Calcutta medical institutions reports 1879-81 [i.e.91]
Year: 1879
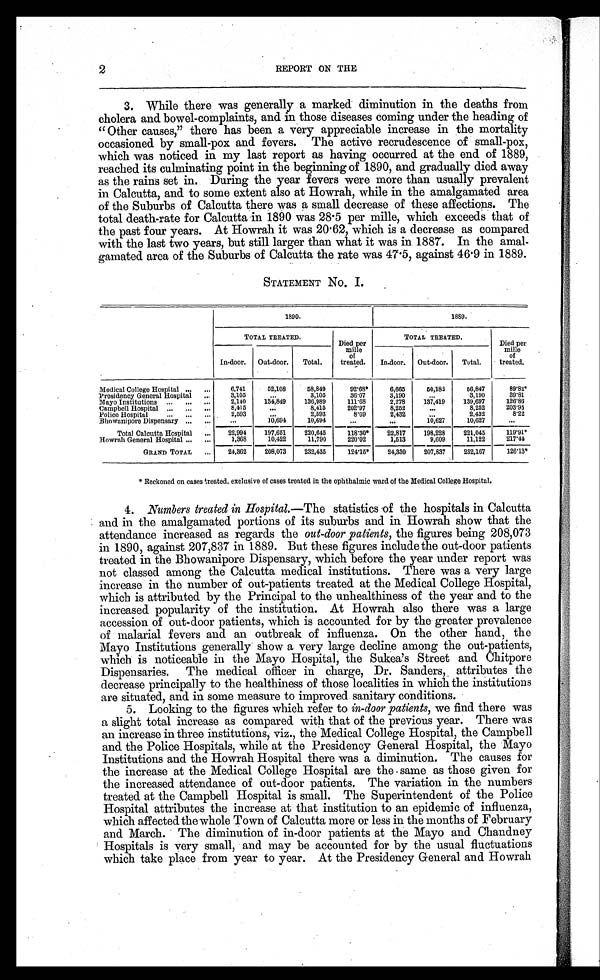
2
REPORT ON THE
3. While there was generally a marked diminution in the deaths from
cholera and bowel-complaints, and in those diseases coming under the heading of
"Other causes," there has been a very appreciable increase in the mortality
occasioned by small-pox and fevers. The active recrudescence of small-pox,
which was noticed in my last report as having occurred at the end of 1889,
reached its culminating point in the beginning of 1890, and gradually died away
as the rains set in. During the year fevers were more than usually prevalent
in Calcutta, and to some extent also at Howrah, while in the amalgamated area
of the Suburbs of Calcutta there was a small decrease of these affections. The
total death-rate for Calcutta in 1890 was 28.5 per mille, which exceeds that of
the past four years. At Howrah it was 20.62, which is a decrease as compared
with the last two years, but still larger than what it was in 1887. In the amal-
gamated area of the Suburbs of Calcutta the rate was 47.5, against 46.9 in 1889.
STATEMENT No. I.
1890.
1889.
TOTAL TREATED.
Died per
mille
of
treated.
TOTAL TREATED.
D i e d p e r
mille
of
treated.
In-door.
Out-door.
Total.
In-door.
Out-door.
Total.
Medical College Hospital ...
. . .
6,741
52,108
58,849
92.68*
6,665
50,182
56,847
89.82*
Presidency General Hospital
. . . 3,105
...
3,105
36.07
3,190
. . .
3,190
39.81
Mayo Institutions ...
...
...
2,140
134,849
136,989
111.68
2,278
137,419
139,697
126.86
Campbell Hospital ...
...
...
8,415
...
8,415
202.97
8,252
...
8,252
203.95
Police Hospital
...
. . .
...
2,593
...
2,593
8.09
2,432
...
2,432
8.22
Bhowanipore Dispensary ...
. . .
...
10,694
10,694
...
...
10,627
10,627
...
Total Calcutta Hospital
...
22,994
197,651
220,645
118.30*
22,817
198,228
221,045
119.91*
Howrah General Hospital . . .
...
1,368
10,422
11,790
220.02
1,513
9,609
11,122
217.44
GRAND TOTAL
...
24,362
208,073
232,435
124.15*
24,330
207,837
232,167
126.13*
* Reckoned on cases treated, exclusive of cases treated in the ophthalmic ward of the Medical College Hospital.
4. Numbers treated in Hospital.— The statistics of the hospitals in Calcutta
and in the amalgamated portions of its suburbs and in Howrah show that the
attendance increased as regards the out-door patients, the figures being 208,073
in 1890, against 207,837 in 1889. But these figures include the out-door patients
treated in the Bhowanipore Dispensary, which before the year under report was
not classed among the Calcutta medical institutions. There was a very large
increase in the number of out-patients treated at the Medical College Hospital,
which is attributed by the Principal to the unhealthiness of the year and to the
increased popularity of the institution. At Howrah also there was a large
accession of out-door patients, which is accounted for by the greater prevalence
of malarial fevers and an outbreak of influenza. On the other hand, the
Mayo Institutions generally show a very large decline among the out-patients,
which is noticeable in the Mayo Hospital, the Sukea's Street and Chitpore
Dispensaries. The medical officer in charge, Dr. Sanders, attributes the
decrease principally to the healthiness of those localities in which the institutions
are situated, and in some measure to improved sanitary conditions.
5. Looking to the figures which refer to in-door patients, we find there was
a slight total increase as compared with that of the previous year. There was
an increase in three institutions, viz., the Medical College Hospital, the Campbell
and the Police Hospitals, while at the Presidency General Hospital, the Mayo
Institutions and the Howrah Hospital there was a diminution. The causes for
the increase at the Medical College Hospital are the same as those given for
the increased attendance of out-door patients. The variation in the numbers
treated at the Campbell Hospital is small. The Superintendent of the Police
Hospital attributes the increase at that institution to an epidemic of influenza,
which affected the whole Town of Calcutta more or less in the months of February
and March. The diminution of in-door patients at the Mayo and Chandney
Hospitals is very small, and may be accounted for by the usual fluctuations
which take place from year to year. At the Presidency General and Howrah